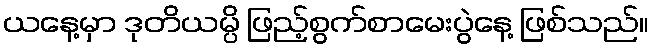
ယနေ့မှာ ဒုတိယမ္ပိ ဖြည့်စွက်စာမေးပွဲနေ့ ဖြစ်သည်။